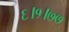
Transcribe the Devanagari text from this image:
६।१।७७